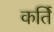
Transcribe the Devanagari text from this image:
कर्ति